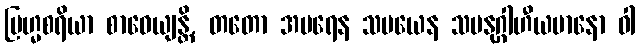
ဗြဟ္မစရိယာ စာဝေယျန္တိ, တတော အပရေန သမယေန သမနုဂ္ဂါဟီယမာနော ဝါ